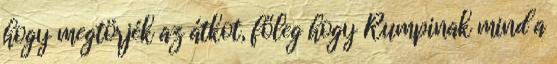
hogy megtörjék az átkot, főleg hogy Rumpinak mind a